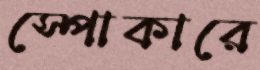
স্পোকারে